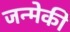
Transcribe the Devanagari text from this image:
जन्मेकी